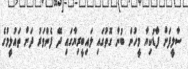
ސާލީފަށް ފާޑުކިޔާ މީހުން ބުނާ ގޮތުގައި ލައިބީރިޔާގައި ދޭ ފެންވަރު ދަށް ތައުލީމުގެ